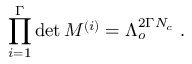
\prod _ { i = 1 } ^ { \Gamma } \operatorname * { d e t } M ^ { ( i ) } = \Lambda _ { o } ^ { 2 \Gamma N _ { c } } \; .